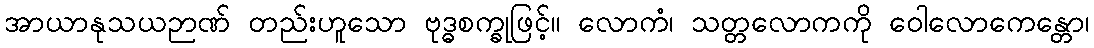
အာယာနုသယဉာဏ် တည်းဟူသော ဗုဒ္ဓစက္ခုဖြင့်။ လောကံ၊ သတ္တလောကကို ဝေါလောကေန္တော၊